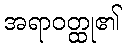
အရာဝတ္ထု၏